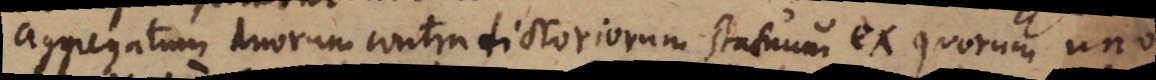
aggregatum duorum contradictoriorum statuum ex quorum uno